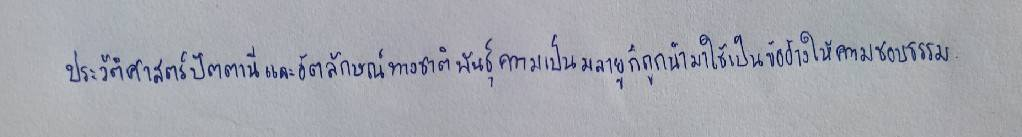
ประวัติศาสตร์ปัตตานีและอัตลักษณ์ทางชาติพันธุ์ความเป็นมลายูก็ถูกนำมาใช้เป็นข้ออ้างให้ความชอบธรรม